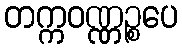
တက္ကဝဏ္ဏဉ္စပေ